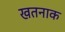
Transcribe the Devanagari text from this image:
खतनाक